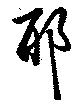
耶